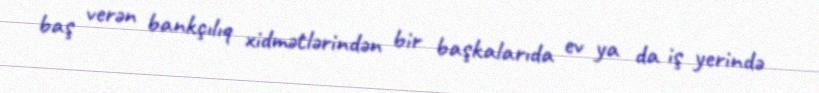
baş verən bankçılıq xidmətlərindən bir başkalarıda ev ya da iş yerində